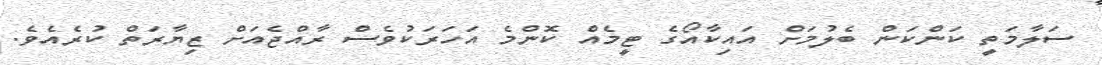
ސަލާމަތީ ކަންކަން ބެލުމަށް އައިކާއޯގެ ޓީމެއް ކޮންމެ އަހަރަކުވެސް ރާއްޖެއަށް ޒިޔާރަތް ކުރެއެވެ.